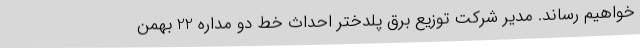
خواهیم رساند. مدیر شرکت توزیع برق پلدختر احداث خط دو مداره 22 بهمن